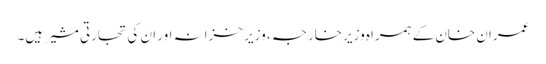
عمران خان کے ہمراہ وزیر خارجہ ، وزیر خزانہ اور ان کی تجارتی مشیر ہیں۔